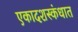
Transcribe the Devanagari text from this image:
एकादशस्‍कंधात